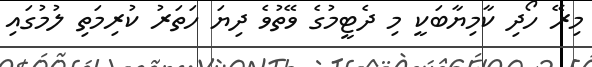
މިރޭ ހޯދި ކާމިޔާބަކީ މި ދެޓީމުގެ ވޭތުވެ ދިޔަ ހަތަރު ކުރިމަތި ލުމުގައި